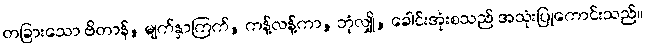
တခြားသော ဗိတာန်, မျက်နှာကြက်, ကန့်လန့်ကာ, ဘုံလျှို, ခေါင်းအုံးစသည် အသုံးပြုကောင်းသည်။